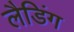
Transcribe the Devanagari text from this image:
लैडिंग